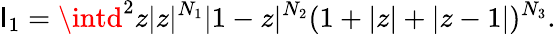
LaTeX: \mathsf{I}_{1}=\intd^{2}z|z|^{N_{1}}|1-z|^{N_{2}}(1+|z|+|z-1|)^{N_{3}}.